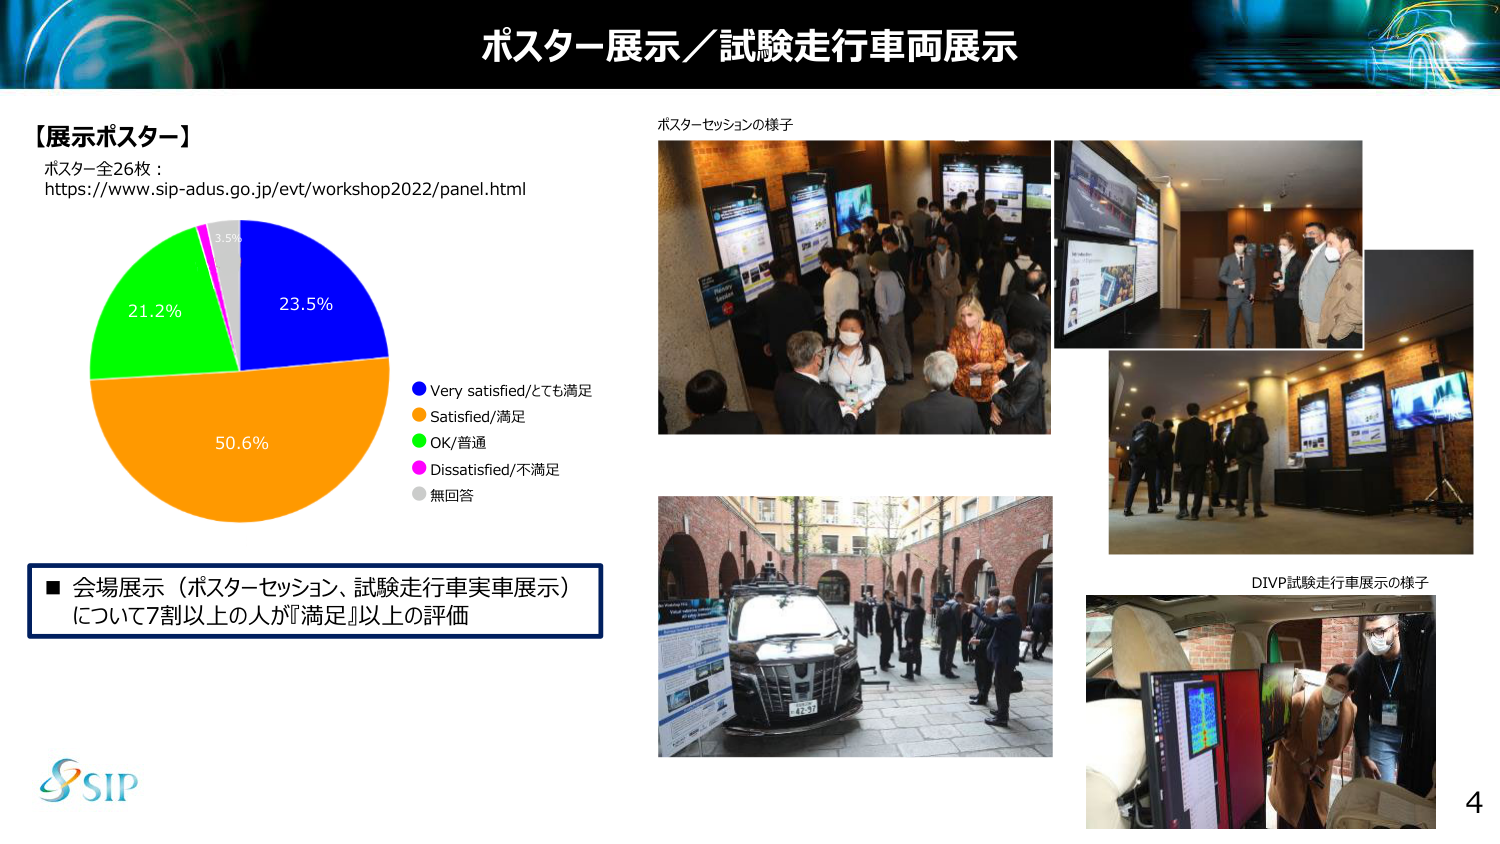
ポスター展示／試験走行車両展示

【展示ポスター】
ポスター全26枚：
https://www.sip-adus.go.jp/evt/workshop2022/panel.html

23.5%
50.6%
21.2%
3.5%

■ 会場展示（ポスターセッション、試験走行車実車展示）
について7割以上の人々が『満足』以上の評価

● Very satisfied/とても満足
● Satisfied/満足
● OK/普通
● Dissatisfied/不満足
● 無回答

ポスターセッションの様子

DIVP試験走行車展示の様子

4

SIP